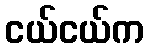
ငယ်ငယ်က